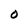
Character: O